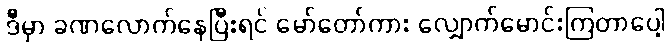
ဒီမှာ ခဏလောက်နေပြီးရင် မော်တော်ကား လျှောက်မောင်းကြတာပေါ့